Annual report of the Punjab Veterinary College and of the Civil Veterinary Department, Punjab - 1920-1925
Year: 1920
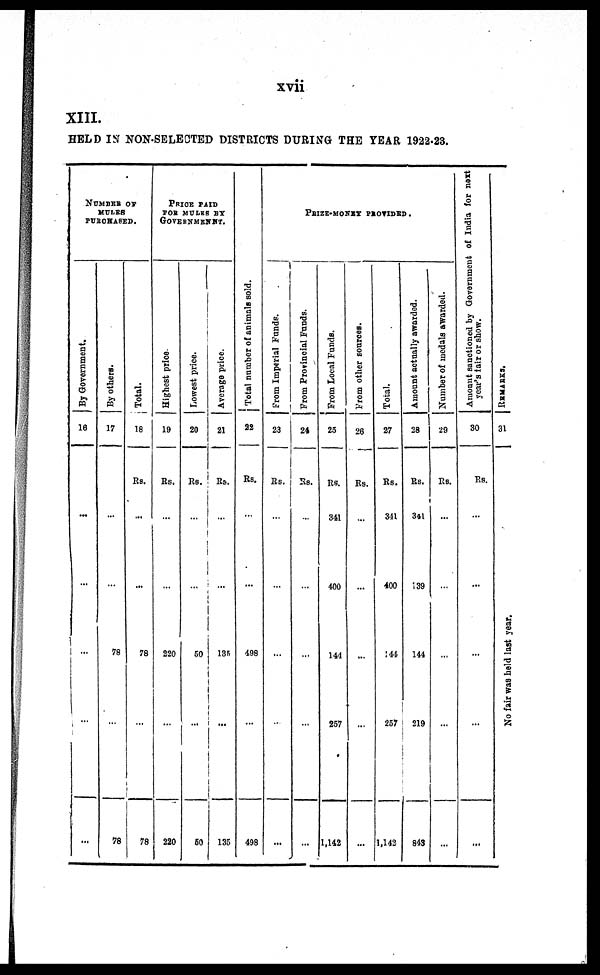
xvii
XIII.
HELD IN NON- SELECTED DI STRI CTS DURI NG T H E YEAR 1922- 23.
NUMBE R OF
MULES
PURCHASED.
By Government.
16
...
. . .
. . .
. . .
...
By others.
17
...
...
78
...
78
Total.
18
Rs.
...
. . .
78
...
78
PRICE PAID
FOR MULES BY
GOVERNMENT.
Hig h e s
t price.
19
Rs.
...
...
220
...
220
Lowest price.
20
Rs.
...
...
50
. . .
50
Av e ra
g e price.
21
Rs.
...
...
135
...
135
Total number of animals sold.
22
Rs.
...
...
498
...
498
PRIZE-MONEY PROVID
F ro
m I
mpe r
ia
l Funds.
23
Rs.
...
...
...
...
...
F ro
m Pr ovinc ia
l Funds.
24
Rs.
. . .
...
...
...
...
F ro
m Lo c a l Funds.
25
Rs.
341
400
144
257
1, 142
F ro
m other sources.
26
R s .
...
...
. . .
...
...
Tot a l
.
27
Rs.
341
400
144
257
1, 142
Amount actually
28
Rs.
341
139
144
219
843
Number of me
29
Rs.
...
...
. . .
...
...
Amount sanct i oned by Government of India for next
year' s fair or show.
30
Rs.
...
...
...
...
...
R E MAR KS .
31
N o f ai r wa s he l
d l
ast y